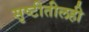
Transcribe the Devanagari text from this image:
सृष्टीतीलही